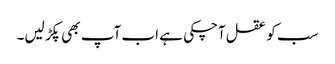
سب کو عقل آچکی ہے اب آپ بھی پکڑ لیں۔